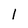
Character: 1